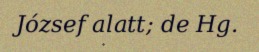
József alatt; de Hg.